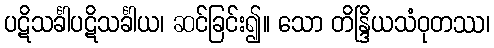
ပဋိသင်္ခါပဋိသင်္ခါယ၊ ဆင်ခြင်း၍။ သော တိန္ဒြိယသံဝုတဿ၊